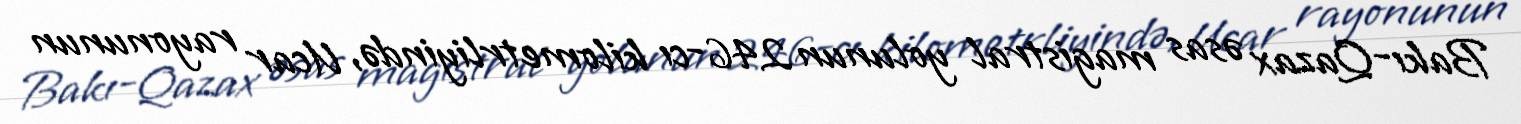
Bakı-Qazax əsas magistral yolunun 246-cı kilometrliyində, Ucar rayonunun